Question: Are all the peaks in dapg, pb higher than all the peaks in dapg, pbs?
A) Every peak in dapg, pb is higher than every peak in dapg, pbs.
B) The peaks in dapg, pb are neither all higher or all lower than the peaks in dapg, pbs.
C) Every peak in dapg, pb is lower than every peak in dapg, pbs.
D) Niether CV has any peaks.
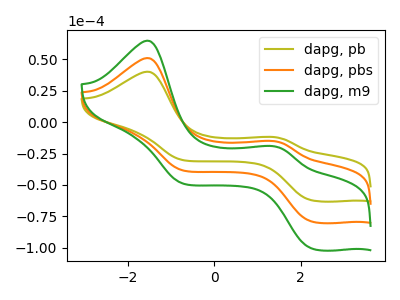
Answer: <think>The olive curve "dapg, pb" has anodic peaks at (-1.55V, 40.10uA) (1.35V, -11.80uA) and cathodic peaks at (2.25V, -62.15uA) (-0.75V, -30.15uA). The orange curve "dapg, pbs" has anodic peaks at (-1.55V, 50.95uA) (1.35V, -15.05uA) and cathodic peaks at (2.25V, -79.00uA) (-0.75V, -38.35uA). The green curve "dapg, m9" has anodic peaks at (-1.55V, 101.90uA) (1.35V, -30.05uA) and cathodic peaks at (2.25V, -157.95uA) (-0.75V, -76.70uA).</think>
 <answer>B) The peaks in "dapg, pb" are neither all higher or all lower than the peaks in "dapg, pbs".</answer>
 <eval>B</eval>